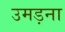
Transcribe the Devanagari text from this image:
उमड़ना